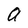
Character: a